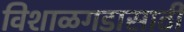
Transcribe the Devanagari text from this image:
विशाळगडासाठी